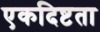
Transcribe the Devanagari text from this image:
एकदिष्टता